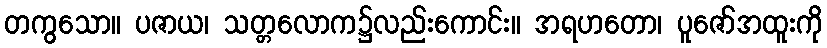
တကွသော။ ပဇာယ၊ သတ္တလောက၌လည်းကောင်း။ အရဟတော၊ ပူဇော်အထူးကို